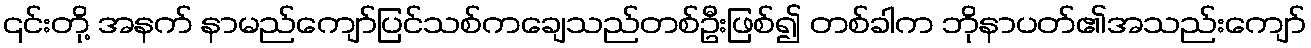
၎င်းတို့ အနက် နာမည်ကျော်ပြင်သစ်ကချေသည်တစ်ဦးဖြစ်၍ တစ်ခါက ဘိုနာပတ်၏အသည်းကျော်